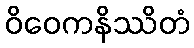
ဝိဝေကနိဿိတံ